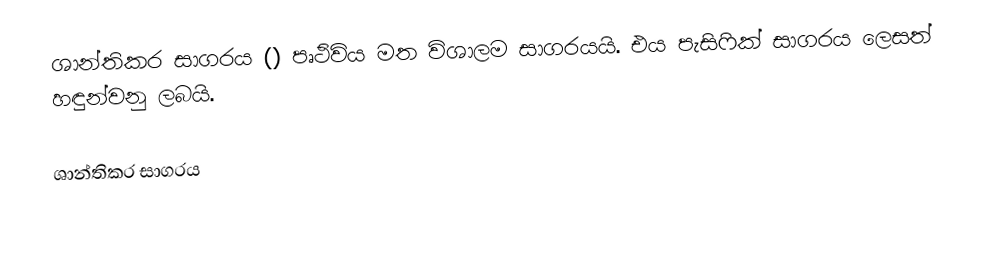
ශාන්තිකර සාගරය () පෘථිවිය මත විශාලම සාගරයයි. එය පැසිෆික් සාගරය ලෙසත් හඳුන්වනු ලබයි.

ශාන්තිකර සාගරය